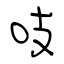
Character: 吱